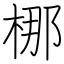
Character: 梛